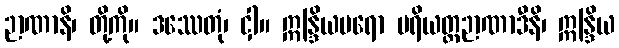
ဉာဏာနိ၊ တို့ကို။ ဒဿေတုံ၊ ငှါ။ ဣန္ဒြိယပရော ပရိယတ္တဉာဏာဒီနိ၊ ဣန္ဒြိယ